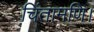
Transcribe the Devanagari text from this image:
चिंतामणि।